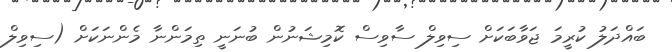
ބައްދަލު ކުރީމަ ޖަވާބަކަށް ސިވިލް ސާވިސް ކޮމިޝަނުން ބުނަނީ ތިމަންނާ މެންނަކަށް (ސިވިލް